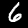
Label: 6